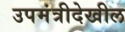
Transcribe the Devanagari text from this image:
उपमंत्रीदेखील